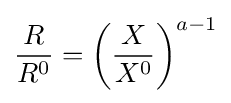
{\frac {R}{R^{0}}}=\left({\frac {X}{X^{0}}}\right)^{a-1}